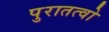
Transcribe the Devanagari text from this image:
पुरातत्वो